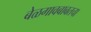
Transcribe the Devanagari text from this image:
बेळगावबाबतचा